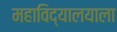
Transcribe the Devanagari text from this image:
महाविद्यालयाला